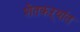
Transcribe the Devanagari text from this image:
शेतकऱ्यांत